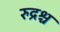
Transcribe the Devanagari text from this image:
रुद्रश्च